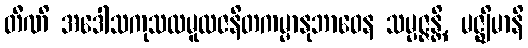
တီဏိ အဒေါသကုသလမူလဇနိတကမ္မာနုဘာဝေန သမ္ပဇ္ဇန္တိ, မဇ္ဈိမာနိ